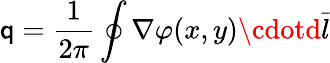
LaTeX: \mathsf{q}=\frac{{1}}{{2\pi}}\oint\nabla\varphi(x,y)\cdotd\vec{{l}}